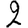
Digit: 2